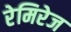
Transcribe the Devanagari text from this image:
रेमिरेज